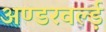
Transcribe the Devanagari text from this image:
अण्डरवर्ल्ड़